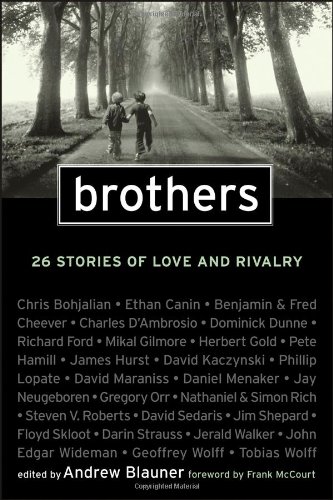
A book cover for Brothers: 26 Stories of Love and Rivalry; Parenting & Relationships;